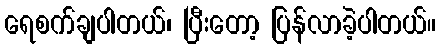
ရေစက်ချပါတယ်၊ ပြီးတော့ ပြန်လာခဲ့ပါတယ်။